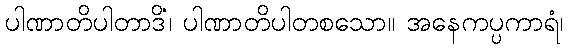
ပါဏာတိပါတာဒိံ၊ ပါဏာတိပါတစသော။ အနေကပ္ပကာရံ၊